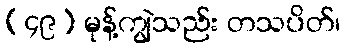
(၄၉) မုန့်ကျွဲသည်း တသပိတ်၊